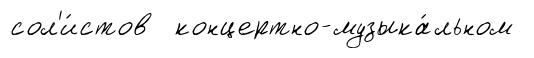
сол'и́стов концертно-музыка́льном